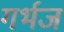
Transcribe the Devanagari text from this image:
गर्भज